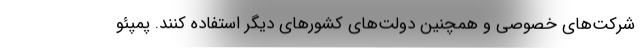
شرکت‌های خصوصی و همچنین دولت‌های کشورهای دیگر استفاده کنند. پمپئو